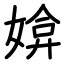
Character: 媕